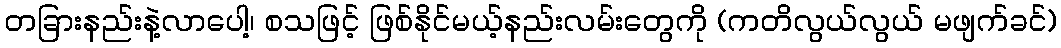
တခြားနည်းနဲ့လာပေါ့၊ စသဖြင့် ဖြစ်နိုင်မယ့်နည်းလမ်းတွေကို (ကတိလွယ်လွယ် မဖျက်ခင်)